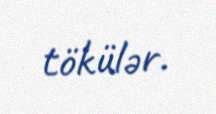
tökülər.